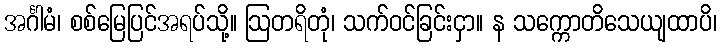
အင်္ဂါမံ၊ စစ်မြေပြင်အရပ်သို့။ ဩတရိတုံ၊ သက်ဝင်ခြင်းငှာ။ န သက္ကောတိသေယျထာပိ၊